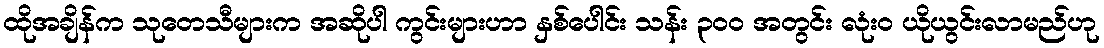
ထိုအချိန်က သုတေသီများက အဆိုပါ ကွင်းများဟာ နှစ်ပေါင်း သန်း ၃၀၀ အတွင်း လုံးဝ ယိုယွင်းလာမည်ဟု